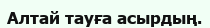
Алтай тауға асырдың.